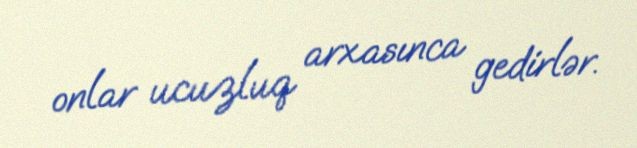
onlar ucuzluq arxasınca gedirlər.